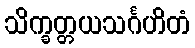
သိက္ခတ္တယသင်္ဂဟိတံ